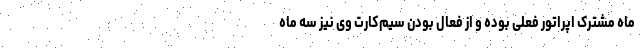
ماه مشترک اپراتور فعلی بوده و از فعال ‌بودن سیم‌کارت وی نیز سه ماه